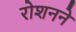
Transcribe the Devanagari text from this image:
रोशनने